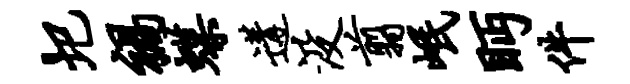
圯祸蝶遘没翦岷眄件